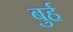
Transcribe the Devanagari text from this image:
बुर्ह